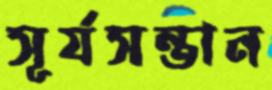
সূর্যসন্তান